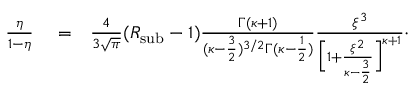
\begin{array} { r l r } { \frac { \eta } { 1 - \eta } } & { { } = } & { \frac { 4 } { 3 \sqrt { \pi } } ( R _ { \mathrm { \mathrm { s u b } } } - 1 ) \frac { \Gamma ( \kappa + 1 ) } { ( \kappa - \frac { 3 } { 2 } ) ^ { 3 / 2 } \Gamma ( \kappa - \frac { 1 } { 2 } ) } \frac { \xi ^ { 3 } } { \Big [ 1 + \frac { \xi ^ { 2 } } { \kappa - \frac { 3 } { 2 } } \Big ] ^ { \kappa + 1 } } \cdot } \end{array}